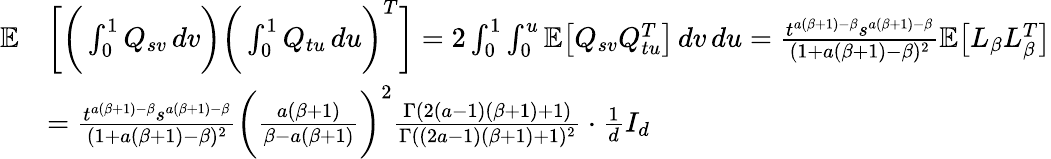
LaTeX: \begin{array}{rl}{\mathbb{E}}&{\bigg[\bigg(\int_{0}^{1}Q_{sv}\, dv\bigg)\bigg(\int_{0}^{1}Q_{tu}\, du\bigg)^{T}\bigg]=2\int_{0}^{1}\int_{0}^{u}\mathbb{E}\big[Q_{sv}Q_{tu}^{T}\big]\, dv\, du=\frac{t^{a(\beta+1)-\beta}s^{a(\beta+1)-\beta}}{(1+a(\beta+1)-\beta)^{2}}\mathbb{E}\big[L_{\beta}L_{\beta}^{T}\big]}\\ &{=\frac{t^{a(\beta+1)-\beta}s^{a(\beta+1)-\beta}}{(1+a(\beta+1)-\beta)^{2}}\bigg(\frac{a(\beta+1)}{\beta-a(\beta+1)}\bigg)^{2}\frac{\Gamma(2(a-1)(\beta+1)+1)}{\Gamma((2a-1)(\beta+1)+1)^{2}}\cdot\frac{1}{d}I_{d}}\end{array}